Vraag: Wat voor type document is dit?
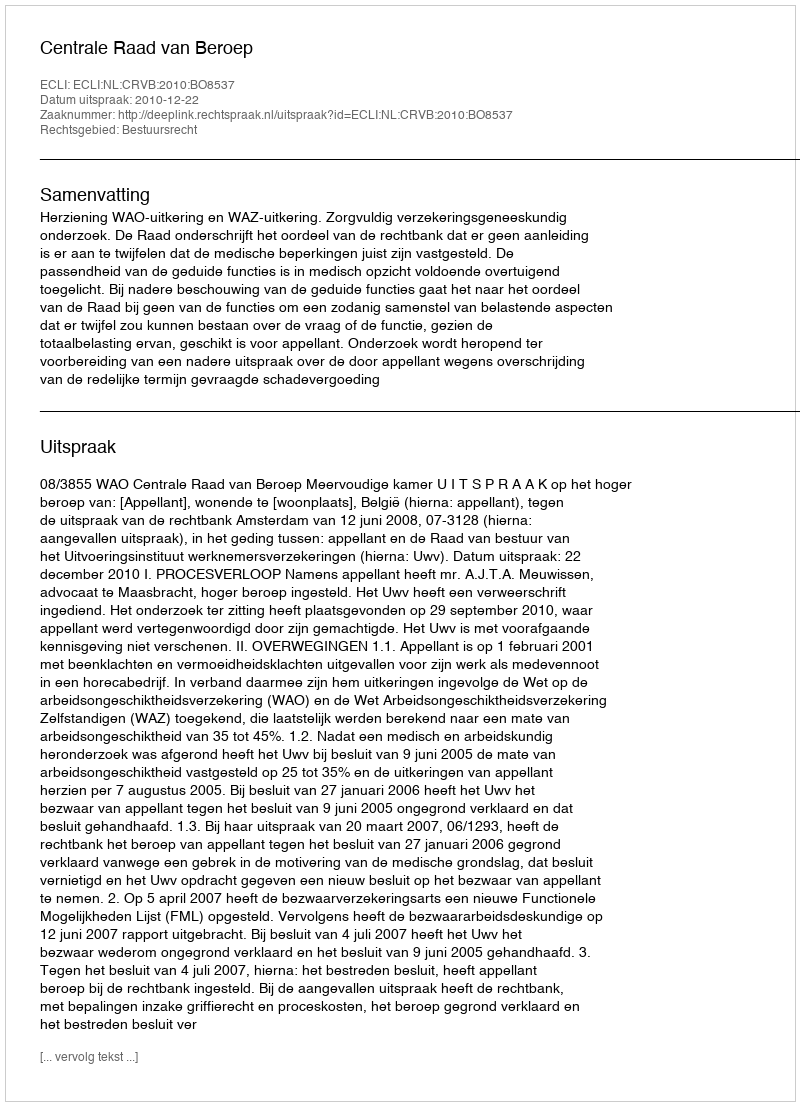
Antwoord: Uitspraak